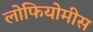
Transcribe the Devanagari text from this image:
लोफियोमीस